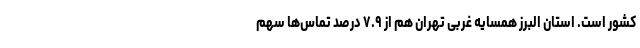
کشور است. استان البرز همسایه غربی تهران هم از ۷.۹ درصد تماس‌ها سهم